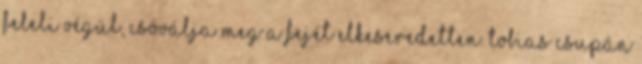
feleli végül, csóválja meg a fejét elkeseredetten. Tobias csupán